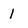
Character: 1